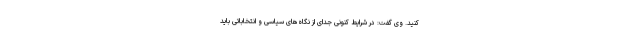
کنید. وی گفت: در شرایط کنونی جدای از نگاه‌های سیاسی و انتخاباتی باید